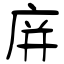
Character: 庰